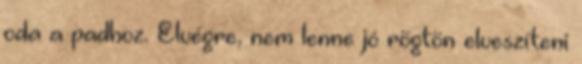
oda a padhoz. Elvégre, nem lenne jó rögtön elveszíteni